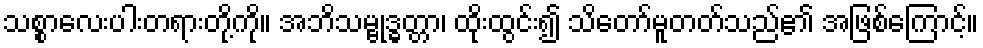
သစ္စာလေးပါးတရားတို့ကို။ အဘိသမ္ဗုဒ္ဓတ္တာ၊ ထိုးထွင်း၍ သိတော်မူတတ်သည်၏ အဖြစ်ကြောင့်။